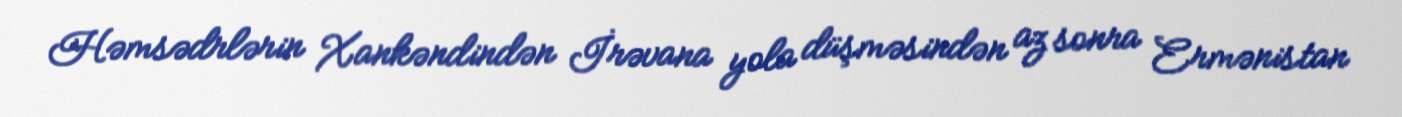
Həmsədrlərin Xankəndindən İrəvana yola düşməsindən az sonra Ermənistan